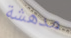
مدهشة